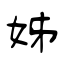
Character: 姊